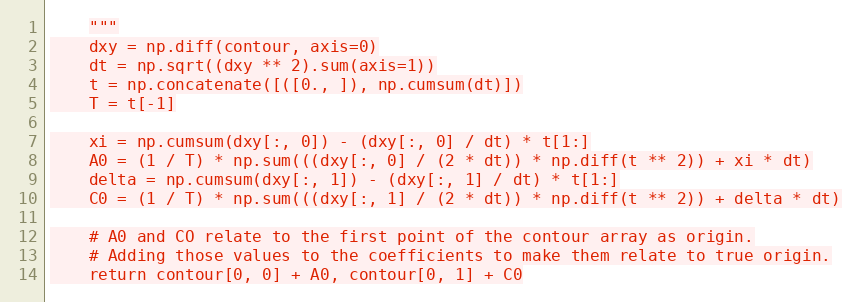
Language: Python
    """
    dxy = np.diff(contour, axis=0)
    dt = np.sqrt((dxy ** 2).sum(axis=1))
    t = np.concatenate([([0., ]), np.cumsum(dt)])
    T = t[-1]

    xi = np.cumsum(dxy[:, 0]) - (dxy[:, 0] / dt) * t[1:]
    A0 = (1 / T) * np.sum(((dxy[:, 0] / (2 * dt)) * np.diff(t ** 2)) + xi * dt)
    delta = np.cumsum(dxy[:, 1]) - (dxy[:, 1] / dt) * t[1:]
    C0 = (1 / T) * np.sum(((dxy[:, 1] / (2 * dt)) * np.diff(t ** 2)) + delta * dt)

    # A0 and CO relate to the first point of the contour array as origin.
    # Adding those values to the coefficients to make them relate to true origin.
    return contour[0, 0] + A0, contour[0, 1] + C0